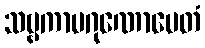
သဗ္ဗကာမဂုဏောပေတံ